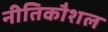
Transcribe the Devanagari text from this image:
नीतिकौशल